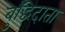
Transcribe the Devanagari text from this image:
बुद्धिदाता